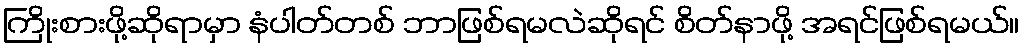
ကြိုးစားဖို့ဆိုရာမှာ နံပါတ်တစ် ဘာဖြစ်ရမလဲဆိုရင် စိတ်နာဖို့ အရင်ဖြစ်ရမယ်။